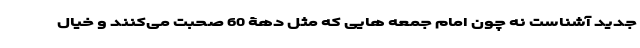
جدید آشناست نه چون امام جمعه هایی که مثل دهۀ 60 صحبت می‌کنند و خیال